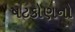
ષટકોણનો